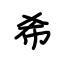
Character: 希